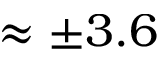
\approx \pm 3 . 6